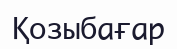
Қозыбағар